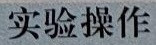
实验操作